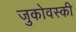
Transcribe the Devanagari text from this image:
जुकोवस्की